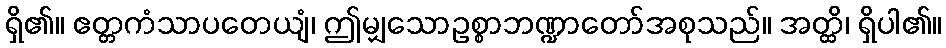
ရှိ၏။ ဧတ္တကံသာပတေယျံ၊ ဤမျှသောဥစ္စာဘဏ္ဍာတော်အစုသည်။ အတ္ထိ၊ ရှိပါ၏။